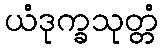
ယံဒုက္ခသုတ္တံ